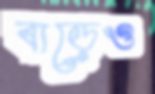
বাড়েও